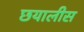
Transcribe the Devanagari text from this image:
छयालीस